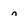
Character: n